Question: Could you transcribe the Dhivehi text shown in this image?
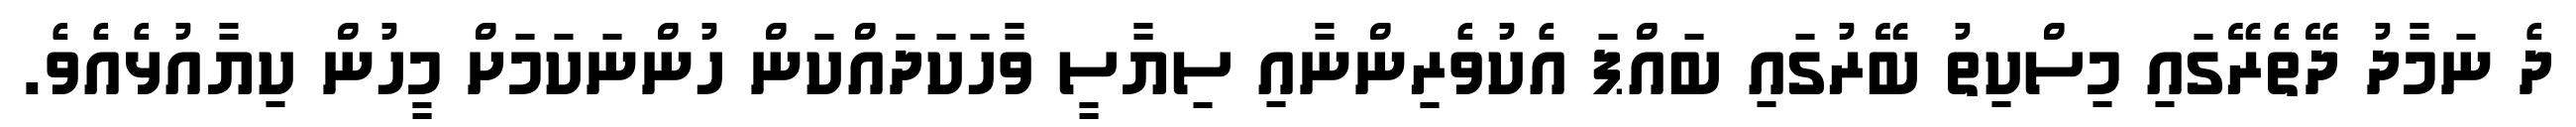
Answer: ދެ ނަމާދު ދޭތެރޭގައި މިސްކިތު ބޭރުގައި ބައްޕަ އެކުވެރިންނާއި ސިޔާސީ ވާހަކަދައްކަން ހުންނަކަމަށް މީހުން ކިޔާއުޅެއެވެ.